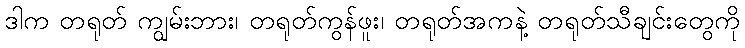
ဒါက တရုတ် ကျွမ်းဘား၊ တရုတ်ကွန်ဖူး၊ တရုတ်အကနဲ့ တရုတ်သီချင်းတွေကို